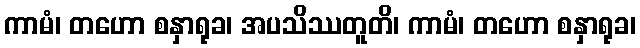
ကာမံ၊ တဟော စနှာရုခ၊ အပသိဿတူတိ၊ ကာမံ၊ တဟော စနှာရုခ၊